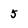
Character: 5